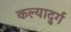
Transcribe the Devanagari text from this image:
कल्यादुर्ग